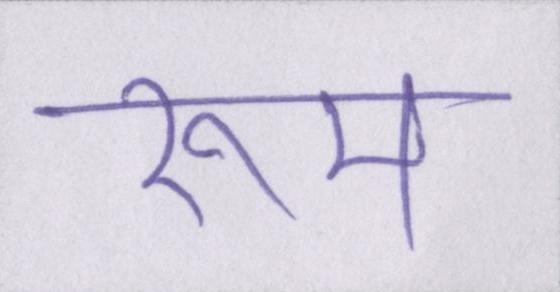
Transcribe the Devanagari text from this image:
रूम